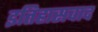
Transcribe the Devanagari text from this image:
इतिहासवाद